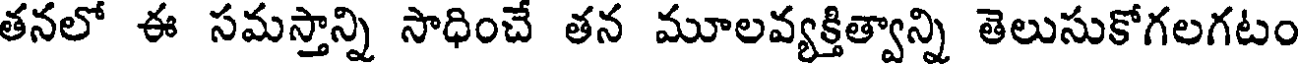
తనలో ఈ సమస్తాన్ని సాధించే తన మూలవ్యక్తిత్వాన్ని తెలుసుకోగలగటం